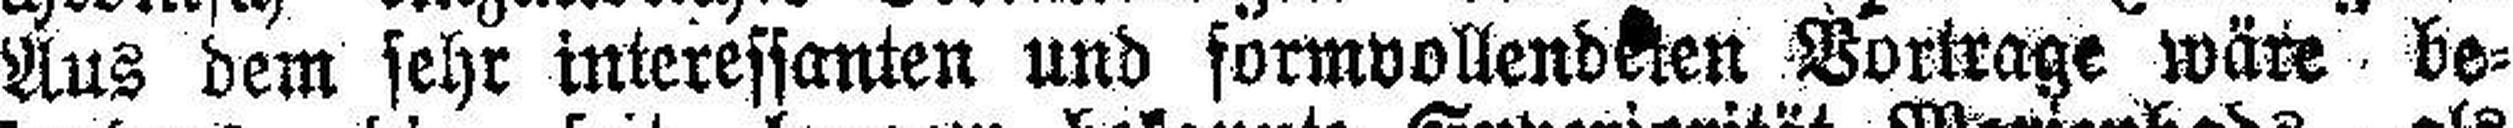
Aus dem sehr interessanten und formvollendeten Vortrage wäre be¬